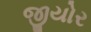
જીયોર